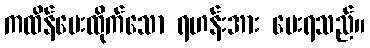
ကထိန်ပေးထိုက်သော ရဟန်းအား ပေးရသည်။